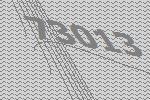
73013